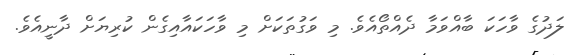
ލަދުގެ ވާހަކަ ބާއްވަމާ ދެއްތޯއެވެ. މި ވަގުތަކަށް މި ވާހަކައާއިގެން ކުރިޔަށް ދާނީއެވެ.